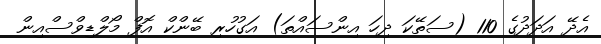
އެދޭ އަދަދުގެ 110 (ސަތޭކަ ދިހަ އިންސައްތަ) އަގުހުރި ބޭންކް އޮފް މޯލްޑިވްސްއިން